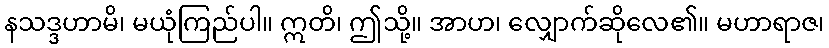
နသဒ္ဒဟာမိ၊ မယုံကြည်ပါ။ ဣတိ၊ ဤသို့။ အာဟ၊ လျှောက်ဆိုလေ၏။ မဟာရာဇ၊